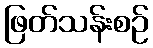
ဖြတ်သန်းစဉ်